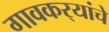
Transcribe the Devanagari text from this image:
गावकर्‍यांचे